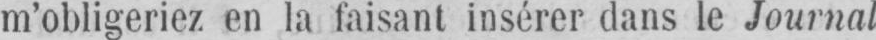
m’obligeriez en la faisant insérer dans le Journal